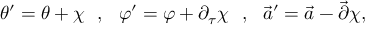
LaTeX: \theta ^ { \prime } = \theta + \chi \ \ , \ \ \varphi ^ { \prime } = \varphi + \partial _ { \tau } \chi \ \ , \ \ \vec { a } ^ { \prime } = \vec { a } - \vec { \partial } \chi ,